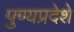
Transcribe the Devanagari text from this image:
पुण्यप्रदेशे